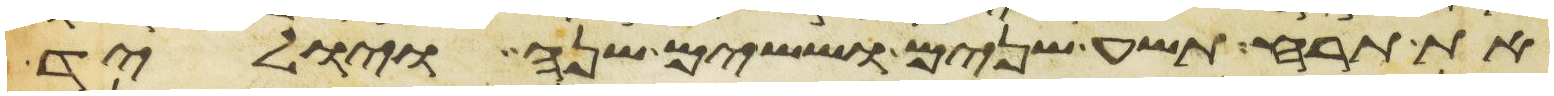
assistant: את תרח תשע שנים וששים שנה ויוליד